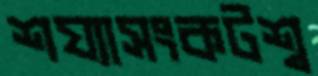
শয্যাসংকটশ্ব